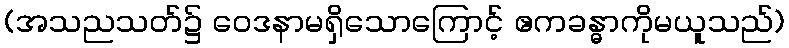
(အသညသတ်၌ ဝေဒနာမရှိသောကြောင့် ဧကခန္ဓာကိုမယူသည်)